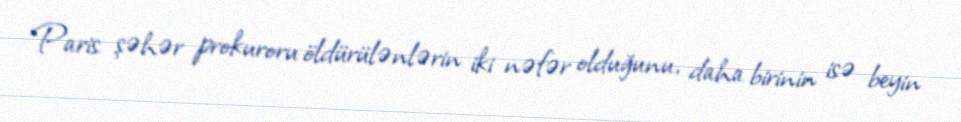
Paris şəhər prokuroru öldürülənlərin iki nəfər olduğunu, daha birinin isə beyin